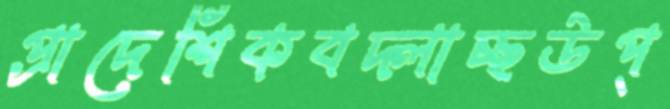
প্রাদেশিকবদ্‌লাচ্ছউপ্‌